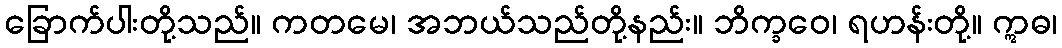
ခြောက်ပါးတို့သည်။ ကတမေ၊ အဘယ်သည်တို့နည်း။ ဘိက္ခဝေ၊ ရဟန်းတို့။ ဣဓ၊